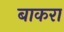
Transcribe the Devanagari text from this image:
बाकरा